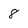
Character: 8